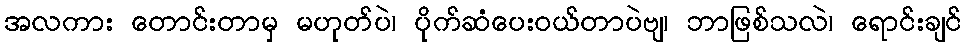
အလကား တောင်းတာမှ မဟုတ်ပဲ၊ ပိုက်ဆံပေးဝယ်တာပဲဗျ၊ ဘာဖြစ်သလဲ၊ ရောင်းချင်